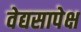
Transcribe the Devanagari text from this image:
वेद्यसापेक्ष